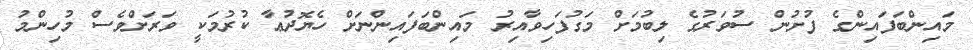
މައިންބަފައިންގެ ފުށުން ސުވަރުގެ ލިބުމަށް މަގުފަހިވާއިރު މައިންބަފައިންނަށް ހެޔޮދުޢާ ކުރުމަކީ ވަރަށްވެސް މުހިންމު